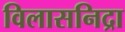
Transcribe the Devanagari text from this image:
विलासनिद्रा